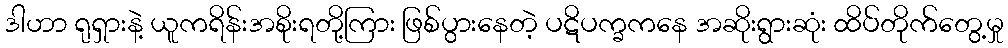
ဒါဟာ ရုရှားနဲ့ ယူကရိန်းအစိုးရတို့ကြား ဖြစ်ပွားနေတဲ့ ပဋိပက္ခကနေ အဆိုးရွားဆုံး ထိပ်တိုက်တွေ့မှု